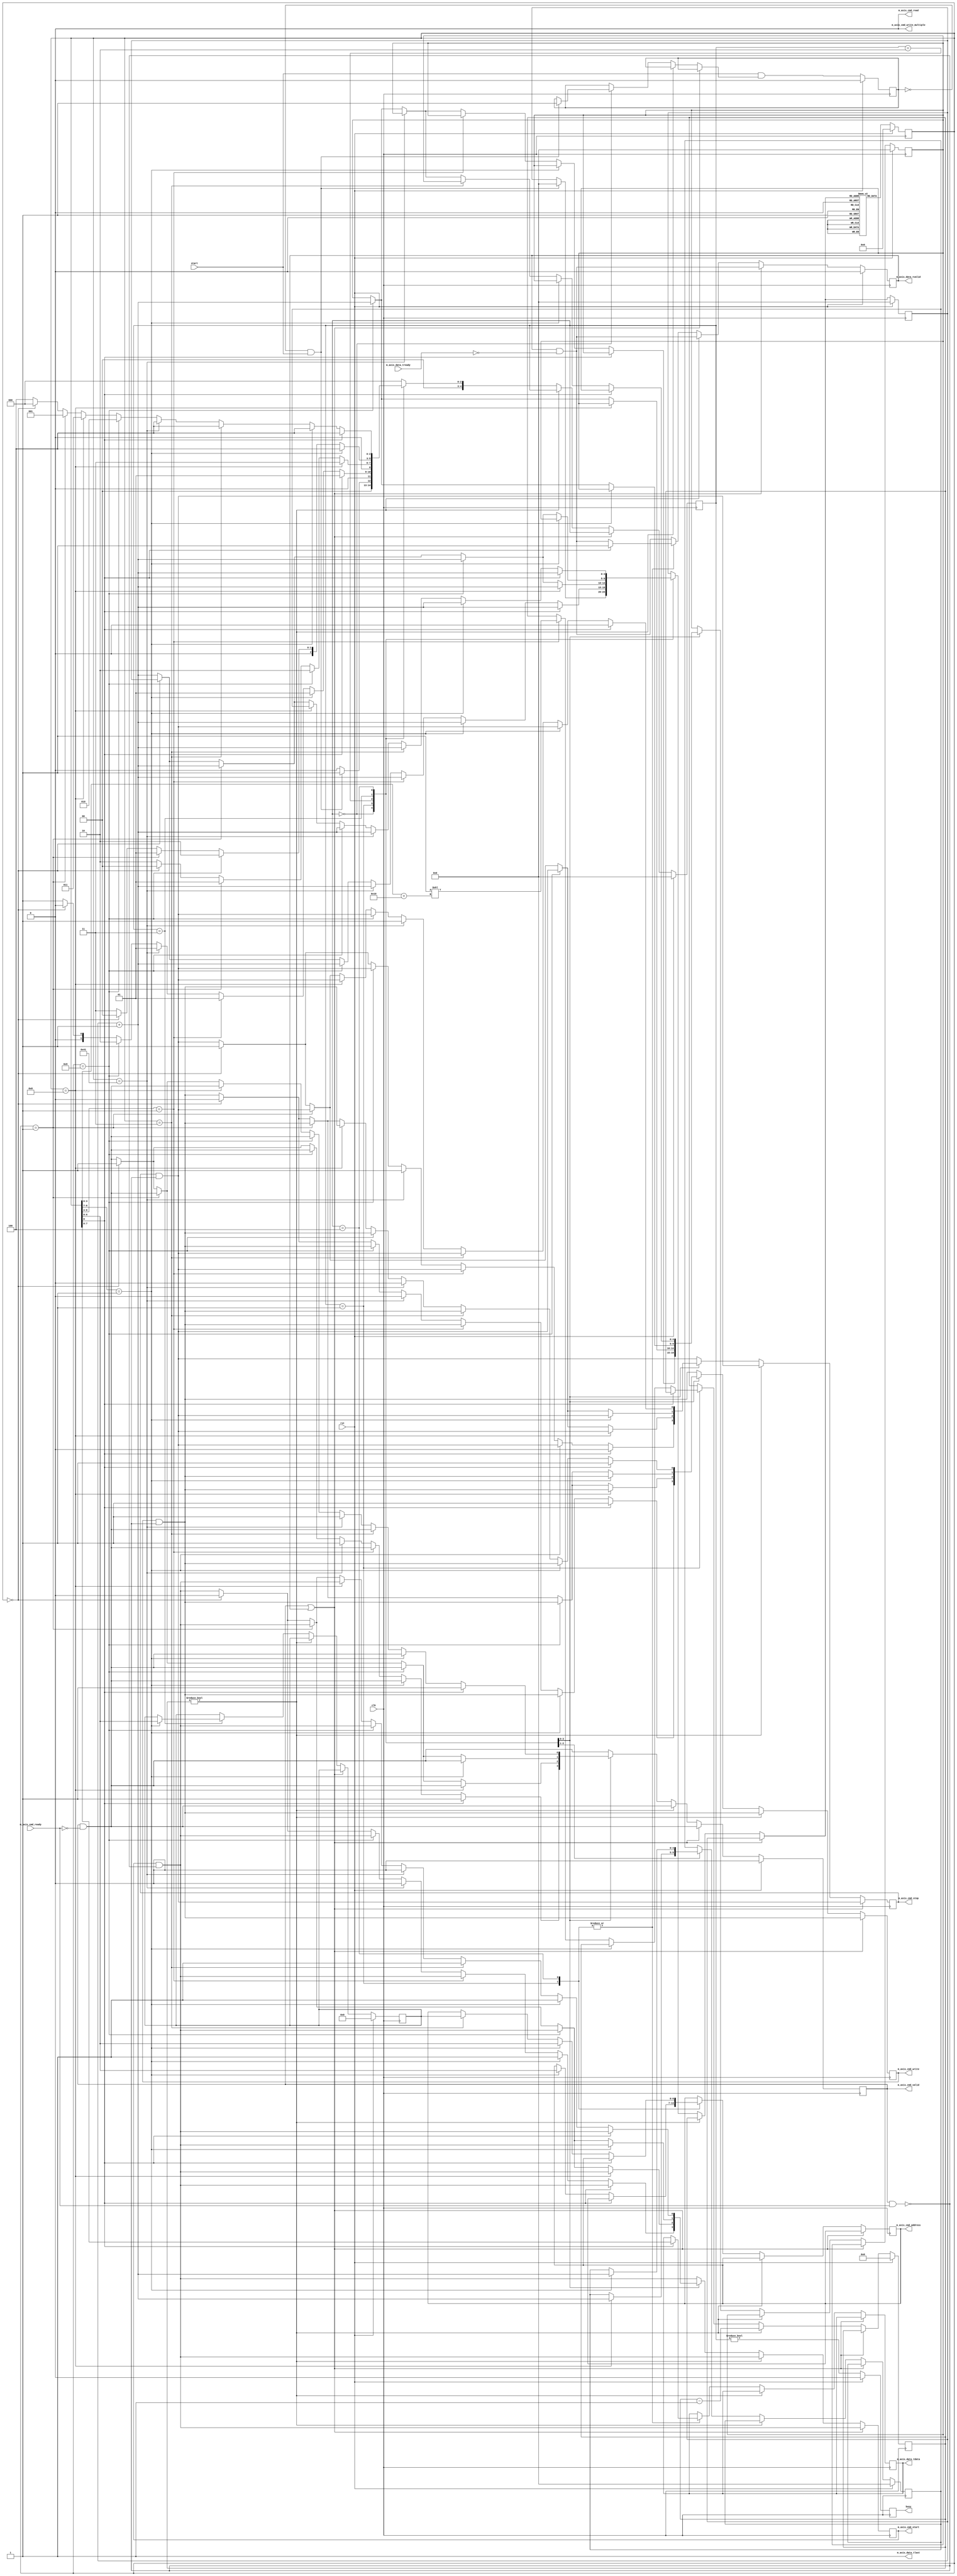
/*

Copyright (c) 2015-2021 Alex Forencich

Permission is hereby granted, free of charge, to any person obtaining a copy
of this software and associated documentation files (the "Software"), to deal
in the Software without restriction, including without limitation the rights
to use, copy, modify, merge, publish, distribute, sublicense, and/or sell
copies of the Software, and to permit persons to whom the Software is
furnished to do so, subject to the following conditions:

The above copyright notice and this permission notice shall be included in
all copies or substantial portions of the Software.

THE SOFTWARE IS PROVIDED "AS IS", WITHOUT WARRANTY OF ANY KIND, EXPRESS OR
IMPLIED, INCLUDING BUT NOT LIMITED TO THE WARRANTIES OF MERCHANTABILITY
FITNESS FOR A PARTICULAR PURPOSE AND NONINFRINGEMENT. IN NO EVENT SHALL THE
AUTHORS OR COPYRIGHT HOLDERS BE LIABLE FOR ANY CLAIM, DAMAGES OR OTHER
LIABILITY, WHETHER IN AN ACTION OF CONTRACT, TORT OR OTHERWISE, ARISING FROM,
OUT OF OR IN CONNECTION WITH THE SOFTWARE OR THE USE OR OTHER DEALINGS IN
THE SOFTWARE.

*/

// Language: Verilog 2001

`timescale 1ns / 1ps

/*
 * I2C init
 */
module i2c_init (
    input  wire        clk,
    input  wire        rst,

    /*
     * I2C master interface
     */
    output wire [6:0]  m_axis_cmd_address,
    output wire        m_axis_cmd_start,
    output wire        m_axis_cmd_read,
    output wire        m_axis_cmd_write,
    output wire        m_axis_cmd_write_multiple,
    output wire        m_axis_cmd_stop,
    output wire        m_axis_cmd_valid,
    input  wire        m_axis_cmd_ready,

    output wire [7:0]  m_axis_data_tdata,
    output wire        m_axis_data_tvalid,
    input  wire        m_axis_data_tready,
    output wire        m_axis_data_tlast,

    /*
     * Status
     */
    output wire        busy,

    /*
     * Configuration
     */
    input  wire        start
);

/*

Generic module for I2C bus initialization.  Good for use when multiple devices
on an I2C bus must be initialized on system start without intervention of a
general-purpose processor.

Copy this file and change init_data and INIT_DATA_LEN as needed.

This module can be used in two modes: simple device initialization, or multiple
device initialization.  In multiple device mode, the same initialization sequence
can be performed on multiple different device addresses.

To use single device mode, only use the start write to address and write data commands.
The module will generate the I2C commands in sequential order.  Terminate the list
with a 0 entry.

To use the multiple device mode, use the start data and start address block commands
to set up lists of initialization data and device addresses.  The module enters
multiple device mode upon seeing a start data block command.  The module stores the
offset of the start of the data block and then skips ahead until it reaches a start
address block command.  The module will store the offset to the address block and
read the first address in the block.  Then it will jump back to the data block
and execute it, substituting the stored address for each current address write
command.  Upon reaching the start address block command, the module will read out the
next address and start again at the top of the data block.  If the module encounters
a start data block command while looking for an address, then it will store a new data
offset and then look for a start address block command.  Terminate the list with a 0
entry.  Normal address commands will operate normally inside a data block.

Commands:

00 0000000 : stop
00 0000001 : exit multiple device mode
00 0000011 : start write to current address
00 0001000 : start address block
00 0001001 : start data block
00 001dddd : delay 2**(16+d) cycles
00 1000001 : send I2C stop
01 aaaaaaa : start write to address
1 dddddddd : write 8-bit data

Examples

write 0x11223344 to register 0x0004 on device at 0x50

01 1010000  start write to 0x50
1 00000000  write address 0x0004
1 00000100
1 00010001  write data 0x11223344
1 00100010
1 00110011
1 01000100
0 00000000  stop

write 0x11223344 to register 0x0004 on devices at 0x50, 0x51, 0x52, and 0x53

00 0001001  start data block
00 0000011  start write to current address
1 00000000  write address 0x0004
1 00000100
1 00010001  write data 0x11223344
1 00100010
1 00110011
1 01000100
00 0001000  start address block
01 1010000  address 0x50
01 1010001  address 0x51
01 1010010  address 0x52
01 1010011  address 0x53
00 0000000  stop

*/

// init_data ROM
localparam INIT_DATA_LEN = 22;

reg [8:0] init_data [INIT_DATA_LEN-1:0];

initial begin
    // single address
    init_data[0]  = {2'b01, 7'h50}; // start write to address 0x50
    init_data[1]  = {1'b1, 8'h00}; // write address 0x0004
    init_data[2]  = {1'b1, 8'h04};
    init_data[3]  = {1'b1, 8'h11}; // write data 0x11223344
    init_data[4]  = {1'b1, 8'h22};
    init_data[5]  = {1'b1, 8'h33};
    init_data[6]  = {1'b1, 8'h44};
    // multiple addresses
    init_data[7]  = {2'b00, 7'b0001001}; // start data block
    init_data[8]  = {2'b00, 7'b0000011}; // start write to current address
    init_data[9]  = {1'b1, 8'h00}; // write address 0x0004
    init_data[10] = {1'b1, 8'h04};
    init_data[11] = {1'b1, 8'h11}; // write data 0x11223344
    init_data[12] = {1'b1, 8'h22};
    init_data[13] = {1'b1, 8'h33};
    init_data[14] = {1'b1, 8'h44};
    init_data[15] = {2'b00, 7'b0001000}; // start address block
    init_data[16] = {2'b01, 7'h50}; // start write to address 0x50
    init_data[17] = {2'b01, 7'h51}; // start write to address 0x51
    init_data[18] = {2'b01, 7'h52}; // start write to address 0x52
    init_data[19] = {2'b01, 7'h53}; // start write to address 0x53
    init_data[20] = 9'd1; // exit mode
    init_data[21] = 9'd0; // stop
end

localparam [3:0]
    STATE_IDLE = 3'd0,
    STATE_RUN = 3'd1,
    STATE_TABLE_1 = 3'd2,
    STATE_TABLE_2 = 3'd3,
    STATE_TABLE_3 = 3'd4;

reg [4:0] state_reg = STATE_IDLE, state_next;

parameter AW = $clog2(INIT_DATA_LEN);

reg [8:0] init_data_reg = 9'd0;

reg [AW-1:0] address_reg = {AW{1'b0}}, address_next;
reg [AW-1:0] address_ptr_reg = {AW{1'b0}}, address_ptr_next;
reg [AW-1:0] data_ptr_reg = {AW{1'b0}}, data_ptr_next;

reg [6:0] cur_address_reg = 7'd0, cur_address_next;

reg [31:0] delay_counter_reg = 32'd0, delay_counter_next;

reg [6:0] m_axis_cmd_address_reg = 7'd0, m_axis_cmd_address_next;
reg m_axis_cmd_start_reg = 1'b0, m_axis_cmd_start_next;
reg m_axis_cmd_write_reg = 1'b0, m_axis_cmd_write_next;
reg m_axis_cmd_stop_reg = 1'b0, m_axis_cmd_stop_next;
reg m_axis_cmd_valid_reg = 1'b0, m_axis_cmd_valid_next;

reg [7:0] m_axis_data_tdata_reg = 8'd0, m_axis_data_tdata_next;
reg m_axis_data_tvalid_reg = 1'b0, m_axis_data_tvalid_next;

reg start_flag_reg = 1'b0, start_flag_next;

reg busy_reg = 1'b0;

assign m_axis_cmd_address = m_axis_cmd_address_reg;
assign m_axis_cmd_start = m_axis_cmd_start_reg;
assign m_axis_cmd_read = 1'b0;
assign m_axis_cmd_write = m_axis_cmd_write_reg;
assign m_axis_cmd_write_multiple = 1'b0;
assign m_axis_cmd_stop = m_axis_cmd_stop_reg;
assign m_axis_cmd_valid = m_axis_cmd_valid_reg;

assign m_axis_data_tdata = m_axis_data_tdata_reg;
assign m_axis_data_tvalid = m_axis_data_tvalid_reg;
assign m_axis_data_tlast = 1'b1;

assign busy = busy_reg;

always @* begin
    state_next = STATE_IDLE;

    address_next = address_reg;
    address_ptr_next = address_ptr_reg;
    data_ptr_next = data_ptr_reg;

    cur_address_next = cur_address_reg;

    delay_counter_next = delay_counter_reg;

    m_axis_cmd_address_next = m_axis_cmd_address_reg;
    m_axis_cmd_start_next = m_axis_cmd_start_reg & ~(m_axis_cmd_valid & m_axis_cmd_ready);
    m_axis_cmd_write_next = m_axis_cmd_write_reg & ~(m_axis_cmd_valid & m_axis_cmd_ready);
    m_axis_cmd_stop_next = m_axis_cmd_stop_reg & ~(m_axis_cmd_valid & m_axis_cmd_ready);
    m_axis_cmd_valid_next = m_axis_cmd_valid_reg & ~m_axis_cmd_ready;

    m_axis_data_tdata_next = m_axis_data_tdata_reg;
    m_axis_data_tvalid_next = m_axis_data_tvalid_reg & ~m_axis_data_tready;

    start_flag_next = start_flag_reg;

    if (m_axis_cmd_valid | m_axis_data_tvalid) begin
        // wait for output registers to clear
        state_next = state_reg;
    end else if (delay_counter_reg != 0) begin
        // delay
        delay_counter_next = delay_counter_reg - 1;
        state_next = state_reg;
    end else begin
        case (state_reg)
            STATE_IDLE: begin
                // wait for start signal
                if (~start_flag_reg & start) begin
                    address_next = {AW{1'b0}};
                    start_flag_next = 1'b1;
                    state_next = STATE_RUN;
                end else begin
                    state_next = STATE_IDLE;
                end
            end
            STATE_RUN: begin
                // process commands
                if (init_data_reg[8] == 1'b1) begin
                    // write data
                    m_axis_cmd_write_next = 1'b1;
                    m_axis_cmd_stop_next = 1'b0;
                    m_axis_cmd_valid_next = 1'b1;

                    m_axis_data_tdata_next = init_data_reg[7:0];
                    m_axis_data_tvalid_next = 1'b1;

                    address_next = address_reg + 1;

                    state_next = STATE_RUN;
                end else if (init_data_reg[8:7] == 2'b01) begin
                    // write address
                    m_axis_cmd_address_next = init_data_reg[6:0];
                    m_axis_cmd_start_next = 1'b1;

                    address_next = address_reg + 1;

                    state_next = STATE_RUN;
                end else if (init_data_reg[8:4] == 5'b00001) begin
                    // delay
                    delay_counter_next = 32'd1 << (init_data_reg[3:0]+16);

                    address_next = address_reg + 1;

                    state_next = STATE_RUN;
                end else if (init_data_reg == 9'b001000001) begin
                    // send stop
                    m_axis_cmd_write_next = 1'b0;
                    m_axis_cmd_start_next = 1'b0;
                    m_axis_cmd_stop_next = 1'b1;
                    m_axis_cmd_valid_next = 1'b1;

                    address_next = address_reg + 1;

                    state_next = STATE_RUN;
                end else if (init_data_reg == 9'b000001001) begin
                    // data table start
                    data_ptr_next = address_reg + 1;
                    address_next = address_reg + 1;
                    state_next = STATE_TABLE_1;
                end else if (init_data_reg == 9'd0) begin
                    // stop
                    m_axis_cmd_start_next = 1'b0;
                    m_axis_cmd_write_next = 1'b0;
                    m_axis_cmd_stop_next = 1'b1;
                    m_axis_cmd_valid_next = 1'b1;

                    state_next = STATE_IDLE;
                end else begin
                    // invalid command, skip
                    address_next = address_reg + 1;
                    state_next = STATE_RUN;
                end
            end
            STATE_TABLE_1: begin
                // find address table start
                if (init_data_reg == 9'b000001000) begin
                    // address table start
                    address_ptr_next = address_reg + 1;
                    address_next = address_reg + 1;
                    state_next = STATE_TABLE_2;
                end else if (init_data_reg == 9'b000001001) begin
                    // data table start
                    data_ptr_next = address_reg + 1;
                    address_next = address_reg + 1;
                    state_next = STATE_TABLE_1;
                end else if (init_data_reg == 1) begin
                    // exit mode
                    address_next = address_reg + 1;
                    state_next = STATE_RUN;
                end else if (init_data_reg == 9'd0) begin
                    // stop
                    m_axis_cmd_start_next = 1'b0;
                    m_axis_cmd_write_next = 1'b0;
                    m_axis_cmd_stop_next = 1'b1;
                    m_axis_cmd_valid_next = 1'b1;

                    state_next = STATE_IDLE;
                end else begin
                    // invalid command, skip
                    address_next = address_reg + 1;
                    state_next = STATE_TABLE_1;
                end
            end
            STATE_TABLE_2: begin
                // find next address
                if (init_data_reg[8:7] == 2'b01) begin
                    // write address command
                    // store address and move to data table
                    cur_address_next = init_data_reg[6:0];
                    address_ptr_next = address_reg + 1;
                    address_next = data_ptr_reg;
                    state_next = STATE_TABLE_3;
                end else if (init_data_reg == 9'b000001001) begin
                    // data table start
                    data_ptr_next = address_reg + 1;
                    address_next = address_reg + 1;
                    state_next = STATE_TABLE_1;
                end else if (init_data_reg == 9'd1) begin
                    // exit mode
                    address_next = address_reg + 1;
                    state_next = STATE_RUN;
                end else if (init_data_reg == 9'd0) begin
                    // stop
                    m_axis_cmd_start_next = 1'b0;
                    m_axis_cmd_write_next = 1'b0;
                    m_axis_cmd_stop_next = 1'b1;
                    m_axis_cmd_valid_next = 1'b1;

                    state_next = STATE_IDLE;
                end else begin
                    // invalid command, skip
                    address_next = address_reg + 1;
                    state_next = STATE_TABLE_2;
                end
            end
            STATE_TABLE_3: begin
                // process data table with selected address
                if (init_data_reg[8] == 1'b1) begin
                    // write data
                    m_axis_cmd_write_next = 1'b1;
                    m_axis_cmd_stop_next = 1'b0;
                    m_axis_cmd_valid_next = 1'b1;

                    m_axis_data_tdata_next = init_data_reg[7:0];
                    m_axis_data_tvalid_next = 1'b1;

                    address_next = address_reg + 1;

                    state_next = STATE_TABLE_3;
                end else if (init_data_reg[8:7] == 2'b01) begin
                    // write address
                    m_axis_cmd_address_next = init_data_reg[6:0];
                    m_axis_cmd_start_next = 1'b1;

                    address_next = address_reg + 1;

                    state_next = STATE_TABLE_3;
                end else if (init_data_reg == 9'b000000011) begin
                    // write current address
                    m_axis_cmd_address_next = cur_address_reg;
                    m_axis_cmd_start_next = 1'b1;

                    address_next = address_reg + 1;

                    state_next = STATE_TABLE_3;
                end else if (init_data_reg == 9'b001000001) begin
                    // send stop
                    m_axis_cmd_write_next = 1'b0;
                    m_axis_cmd_start_next = 1'b0;
                    m_axis_cmd_stop_next = 1'b1;
                    m_axis_cmd_valid_next = 1'b1;

                    address_next = address_reg + 1;

                    state_next = STATE_TABLE_3;
                end else if (init_data_reg == 9'b000001001) begin
                    // data table start
                    data_ptr_next = address_reg + 1;
                    address_next = address_reg + 1;
                    state_next = STATE_TABLE_1;
                end else if (init_data_reg == 9'b000001000) begin
                    // address table start
                    address_next = address_ptr_reg;
                    state_next = STATE_TABLE_2;
                end else if (init_data_reg == 9'd1) begin
                    // exit mode
                    address_next = address_reg + 1;
                    state_next = STATE_RUN;
                end else if (init_data_reg == 9'd0) begin
                    // stop
                    m_axis_cmd_start_next = 1'b0;
                    m_axis_cmd_write_next = 1'b0;
                    m_axis_cmd_stop_next = 1'b1;
                    m_axis_cmd_valid_next = 1'b1;

                    state_next = STATE_IDLE;
                end else begin
                    // invalid command, skip
                    address_next = address_reg + 1;
                    state_next = STATE_TABLE_3;
                end
            end
        endcase
    end
end

always @(posedge clk) begin
    state_reg <= state_next;

    // read init_data ROM
    init_data_reg <= init_data[address_next];

    address_reg <= address_next;
    address_ptr_reg <= address_ptr_next;
    data_ptr_reg <= data_ptr_next;

    cur_address_reg <= cur_address_next;

    delay_counter_reg <= delay_counter_next;

    m_axis_cmd_address_reg <= m_axis_cmd_address_next;
    m_axis_cmd_start_reg <= m_axis_cmd_start_next;
    m_axis_cmd_write_reg <= m_axis_cmd_write_next;
    m_axis_cmd_stop_reg <= m_axis_cmd_stop_next;
    m_axis_cmd_valid_reg <= m_axis_cmd_valid_next;

    m_axis_data_tdata_reg <= m_axis_data_tdata_next;
    m_axis_data_tvalid_reg <= m_axis_data_tvalid_next;

    start_flag_reg <= start & start_flag_next;

    busy_reg <= (state_reg != STATE_IDLE);

    if (rst) begin
        state_reg <= STATE_IDLE;

        init_data_reg <= 9'd0;

        address_reg <= {AW{1'b0}};
        address_ptr_reg <= {AW{1'b0}};
        data_ptr_reg <= {AW{1'b0}};

        cur_address_reg <= 7'd0;

        delay_counter_reg <= 32'd0;

        m_axis_cmd_valid_reg <= 1'b0;

        m_axis_data_tvalid_reg <= 1'b0;

        start_flag_reg <= 1'b0;

        busy_reg <= 1'b0;
    end
end

endmodule